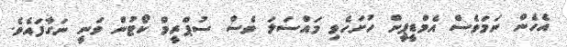
އެހެން ނަމަވެސް އެމްޑީޕީން ހުށަހެޅި މައްސަލަ ވެސް ސުޕްރީމް ކޯޓުން ވަނީ ނަގާފައެވެ.